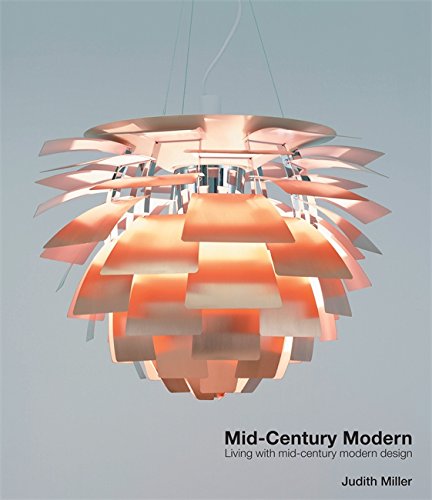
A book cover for Miller's Mid Century Modern; Judith Miller; Arts & Photography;